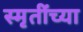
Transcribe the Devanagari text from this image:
स्मृतींच्या